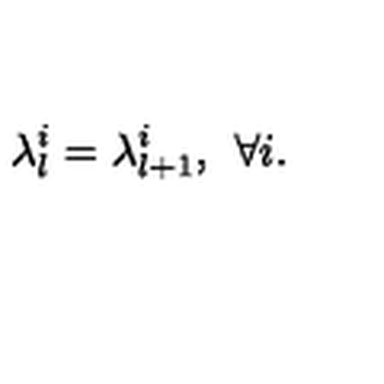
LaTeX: \lambda _ { l } ^ { i } = \lambda _ { l + 1 } ^ { i } , \: \: \forall i .